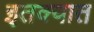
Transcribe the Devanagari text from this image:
इतक्‍यात